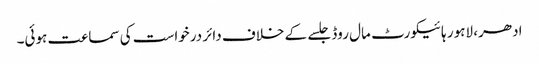
ادھر، لاہور ہائیکورٹ مال روڈ جلسے کے خلاف دائر درخواست کی سماعت ہوئی۔